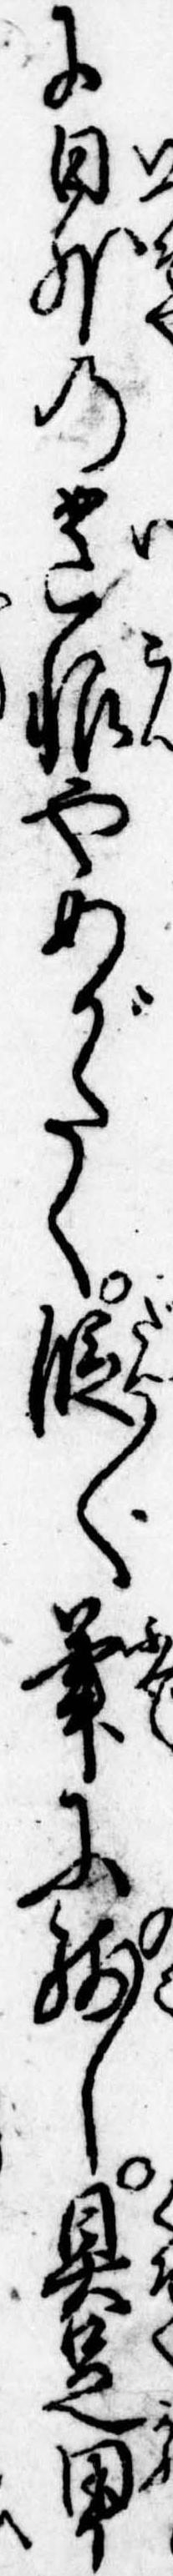
に日外の遺恨やめがたく段〱筆に残し具足甲